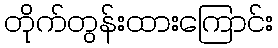
တိုက်တွန်းထားကြောင်း